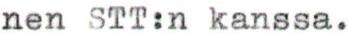
nen STT:n kanssa.